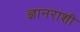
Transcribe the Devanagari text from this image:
ज्ञानराशी